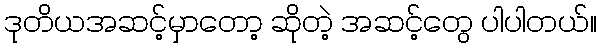
ဒုတိယအဆင့်မှာတော့ ဆိုတဲ့ အဆင့်တွေ ပါပါတယ်။